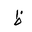
Letter: _za